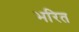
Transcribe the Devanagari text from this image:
भरित